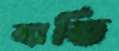
ব্যাতি